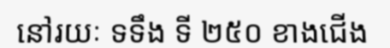
នៅរយៈ ទទឹង ទី ២៥០ ខាងជើង